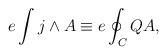
\begin{align*}e\int j \wedge A \equiv e \oint_C Q A,\end{align*}